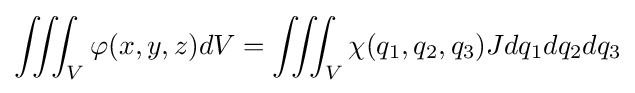
\iiint _{V}\varphi (x,y,z)dV=\iiint _{V}\chi (q_{1},q_{2},q_{3})Jdq_{1}dq_{2}dq_{3}